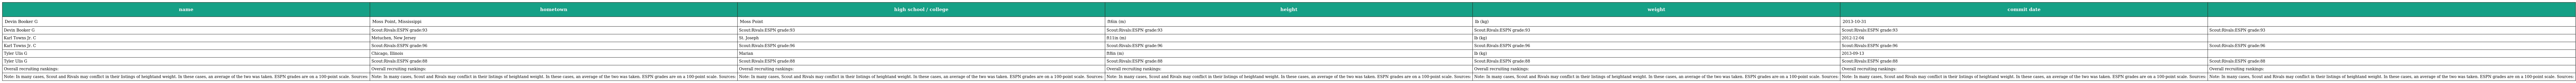
| name | hometown | high school / college | height | weight | commit date |  |
 | --- | --- | --- | --- | --- | --- | --- |
 | Devin Booker G | Moss Point, Mississippi | Moss Point | ft6in (m) | lb (kg) | 2013-10-31 |  |
 | Devin Booker G | Scout:Rivals:ESPN grade:93 | Scout:Rivals:ESPN grade:93 | Scout:Rivals:ESPN grade:93 | Scout:Rivals:ESPN grade:93 | Scout:Rivals:ESPN grade:93 | Scout:Rivals:ESPN grade:93 |
 | Karl Towns Jr. C | Metuchen, New Jersey | St. Joseph | ft11in (m) | lb (kg) | 2012-12-04 |  |
 | Karl Towns Jr. C | Scout:Rivals:ESPN grade:96 | Scout:Rivals:ESPN grade:96 | Scout:Rivals:ESPN grade:96 | Scout:Rivals:ESPN grade:96 | Scout:Rivals:ESPN grade:96 | Scout:Rivals:ESPN grade:96 |
 | Tyler Ulis G | Chicago, Illinois | Marian | ft8in (m) | lb (kg) | 2013-09-13 |  |
 | Tyler Ulis G | Scout:Rivals:ESPN grade:88 | Scout:Rivals:ESPN grade:88 | Scout:Rivals:ESPN grade:88 | Scout:Rivals:ESPN grade:88 | Scout:Rivals:ESPN grade:88 | Scout:Rivals:ESPN grade:88 |
 | Overall recruiting rankings: | Overall recruiting rankings: | Overall recruiting rankings: | Overall recruiting rankings: | Overall recruiting rankings: | Overall recruiting rankings: | Overall recruiting rankings: |
 | Note: In many cases, Scout and Rivals may conflict in their listings of heightand weight. In these cases, an average of the two was taken. ESPN grades are on a 100-point scale. Sources: | Note: In many cases, Scout and Rivals may conflict in their listings of heightand weight. In these cases, an average of the two was taken. ESPN grades are on a 100-point scale. Sources: | Note: In many cases, Scout and Rivals may conflict in their listings of heightand weight. In these cases, an average of the two was taken. ESPN grades are on a 100-point scale. Sources: | Note: In many cases, Scout and Rivals may conflict in their listings of heightand weight. In these cases, an average of the two was taken. ESPN grades are on a 100-point scale. Sources: | Note: In many cases, Scout and Rivals may conflict in their listings of heightand weight. In these cases, an average of the two was taken. ESPN grades are on a 100-point scale. Sources: | Note: In many cases, Scout and Rivals may conflict in their listings of heightand weight. In these cases, an average of the two was taken. ESPN grades are on a 100-point scale. Sources: | Note: In many cases, Scout and Rivals may conflict in their listings of heightand weight. In these cases, an average of the two was taken. ESPN grades are on a 100-point scale. Sources: |